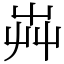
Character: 芔